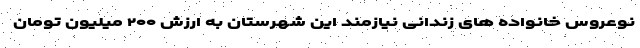
نوعروس خانواده های زندانی نیازمند این شهرستان به ارزش ۲۰۰ میلیون تومان